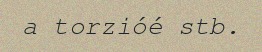
a torzióé stb.